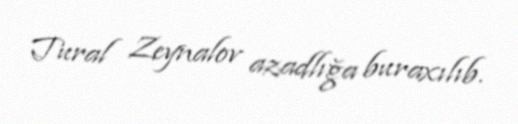
Tural Zeynalov azadlığa buraxılıb.